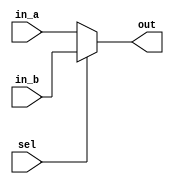
module mux2
    #(parameter N = 8) (
        input [N-1:0] in_a, in_b,
        input sel,
        output [N-1:0] out
    );

assign out = sel ? in_b : in_a;
endmodule